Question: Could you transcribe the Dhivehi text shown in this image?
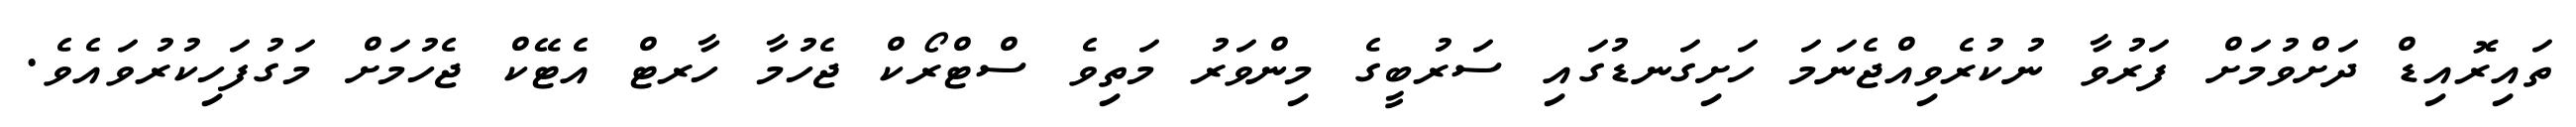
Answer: ތައިރޮއިޑް ދަށްވުމަށް ފަރުވާ ނުކުރެވިއްޖެނަމަ ހަށިގަނޑުގައި ސަރުބީގެ މިންވަރު މަތިވެ ސްޓްރޯކް ޖެހުމާ ހާރޓް އެޓޭކް ޖެހުމަށް މަގުފަހިކުރުވައެވެ.